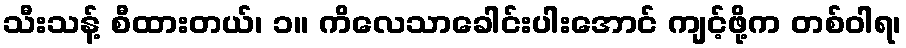
သီးသန့် စီထားတယ်၊ ၁။ ကိလေသာခေါင်းပါးအောင် ကျင့်ဖို့က တစ်ဝါရ၊